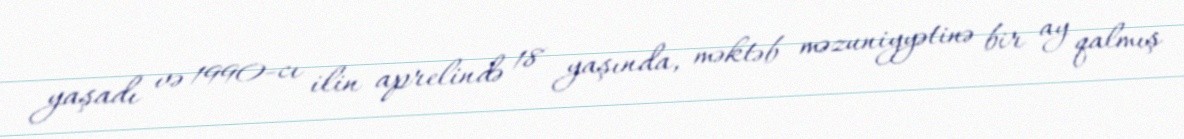
yaşadı və 1990-cı ilin aprelində 18 yaşında, məktəb məzuniyyətinə bir ay qalmış